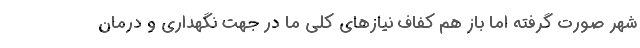
شهر صورت گرفته اما باز هم کفاف نیازهای کلی ما در جهت نگهداری و درمان